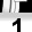
Digit: 1